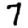
Digit: 7